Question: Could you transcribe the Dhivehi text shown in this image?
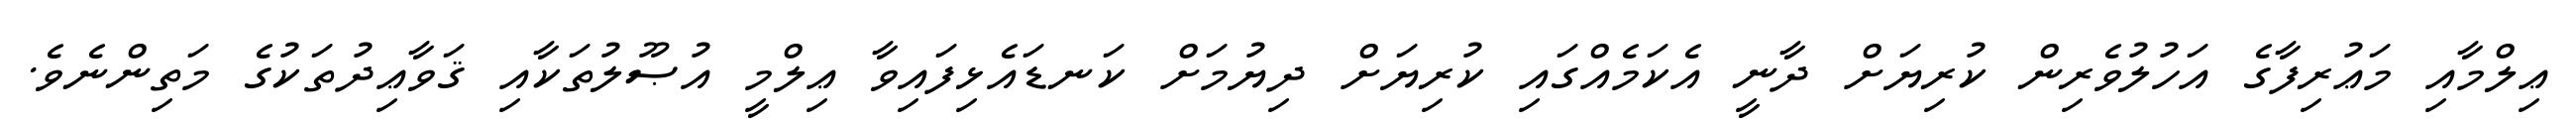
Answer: ޢިލްމާއި މަޢުރިފާގެ އަހުލުވެރިން ކުރިޔަށް ދާނީ އެކަމެއްގައި ކުރިޔަށް ދިޔުމަށް ކަނޑައެޅިފައިވާ ޢިލްމީ އުޞޫލުތަކާއި ޤަވާޢިދުތަކުގެ މަތިންނެވެ.